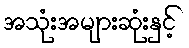
အသုံးအများဆုံးနှင့်